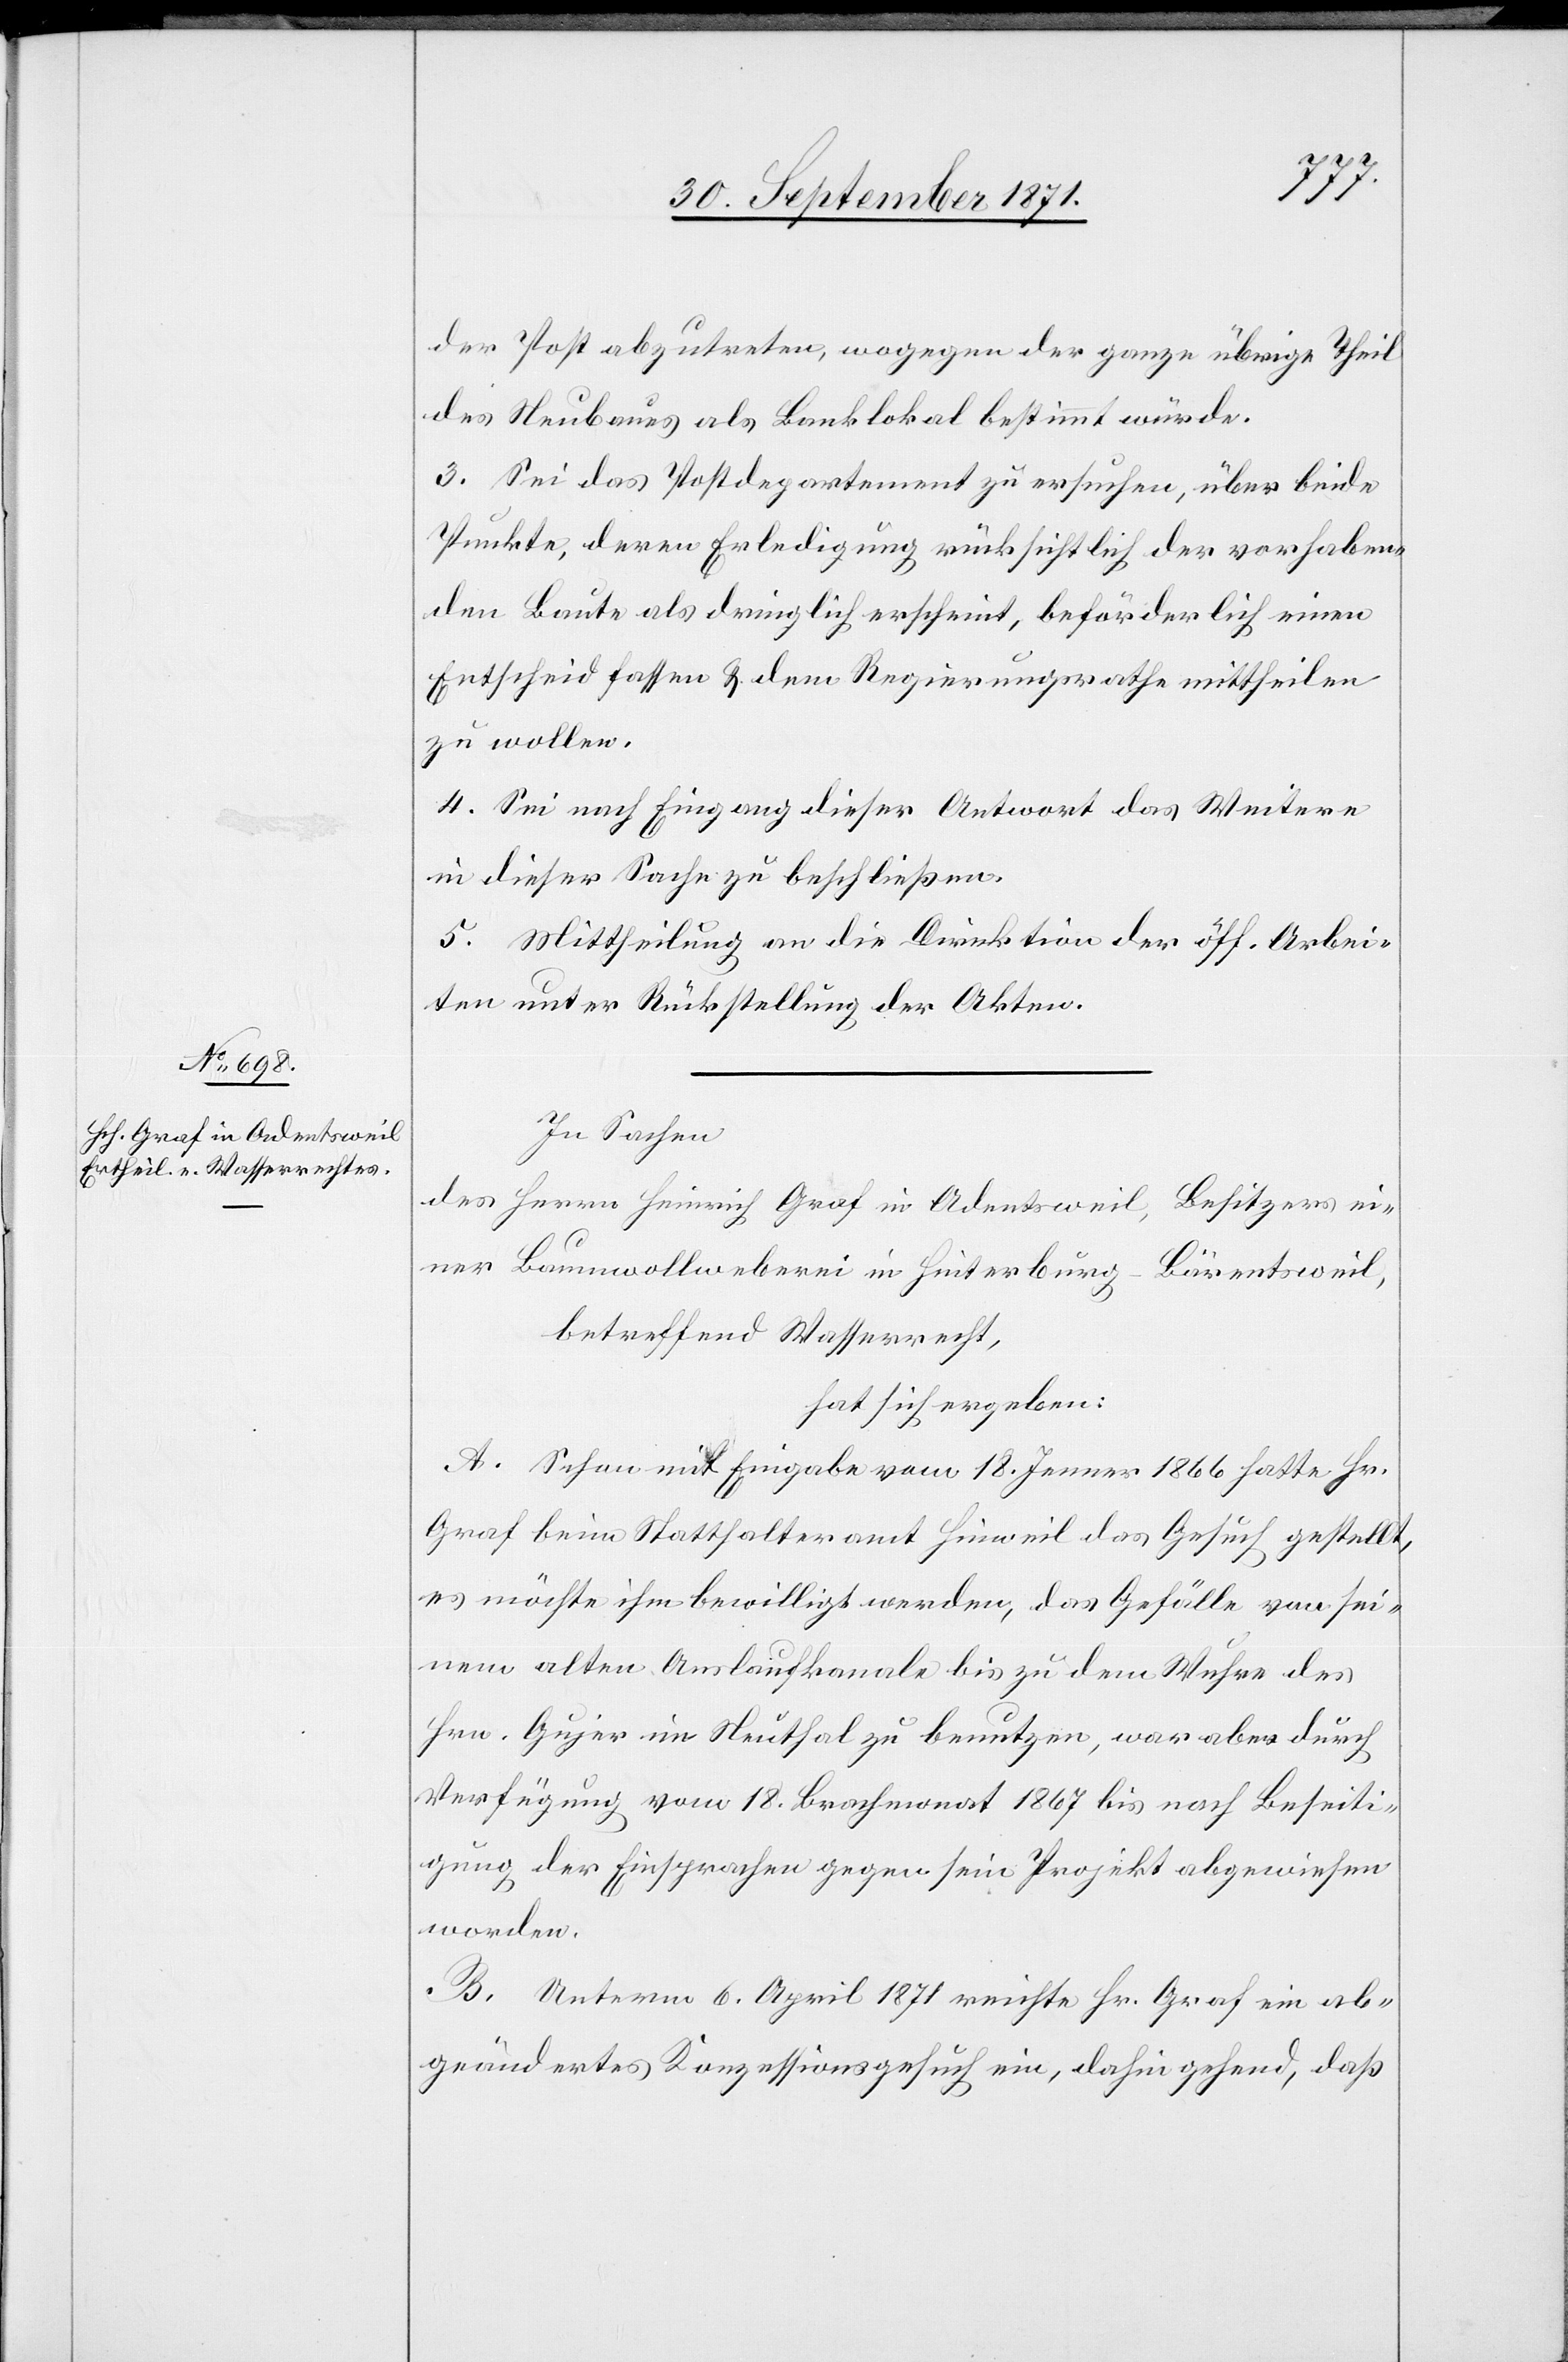
Herren Graf in Adeetsweil,

der Post abzutreten, wogegen der ganze übrige Theil
des Neubaues als Banklokal bestimmt würde.
3. Sei das Postdepartement zu ersuchen, über beide
Punkte, deren Erledigung rücksichtlich der vorhaben¬
den Baute als dringlich erscheint, beförderlich einen
Entscheid fassen & dem Regierungsrathe mittheilen
zu wollen.
4. Sei nach Eingang dieser Antwort das Weitere
in dieser Sache zu beschließen.
5. Mittheilung an die Direktion der öff. Arbei¬
ten unter Rückstellung der Akten.
In Sachen
einer Baumwollweberei in Hinterberg-Bäretsweil,
betreffend Wasserrecht,
hat sich ergeben:
A. Schon mit Eingabe vom 18. Januar 1866 hatte Hr.
Graf beim Statthalteramt Hinweil das Gesuch gestellt,
es möchte ihm bewilligt werden, das Gefälle von sei¬
nem alten Auslaufkanale bis zu dem Wuhr des
Hrn. Guyer im Neuthal zu benutzen, war aber durch
Verfügung vom 18. Brachmonat 1867 bis nach Beseiti¬
gung der Einsprache gegen sein Projekt abgewiesen
worden.
B. Unterm 6. April 1871 reichte Hr. Graf ein ab¬
geändertes Konzessionsgesuch ein, dahin gehend, daß